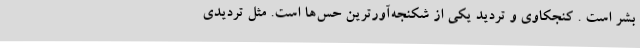
بشر است . کنجکاوی و تردید یکی از شکنجه‌آورترین حس‌ها است. مثل تردیدی